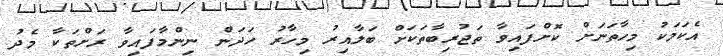
އެކަމަކު މިހާތަނަށް ކޮށްފައިވާ ތަޖުރިބާތަކަށް ބަލާއިރު މިހާރު ހަދަން ނިންމާފައިވާ ރަށްތަކާ މެދު